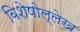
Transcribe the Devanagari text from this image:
विशेषोल्लेख